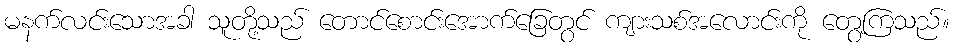
မနက်လင်းသောအခါ သူတို့သည် တောင်စောင်းအောက်ခြေတွင် ကျားသစ်အလောင်းကို တွေ့ကြသည်။